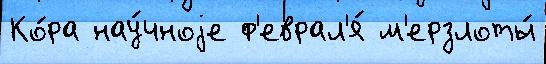
Ко́ра нау́чноjе ф'еврал'я́ м'ерзлоты́